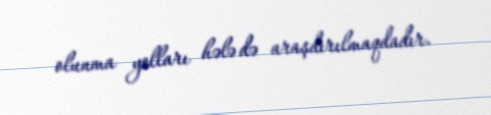
olunma yolları hələ də araşdırılmaqdadır.